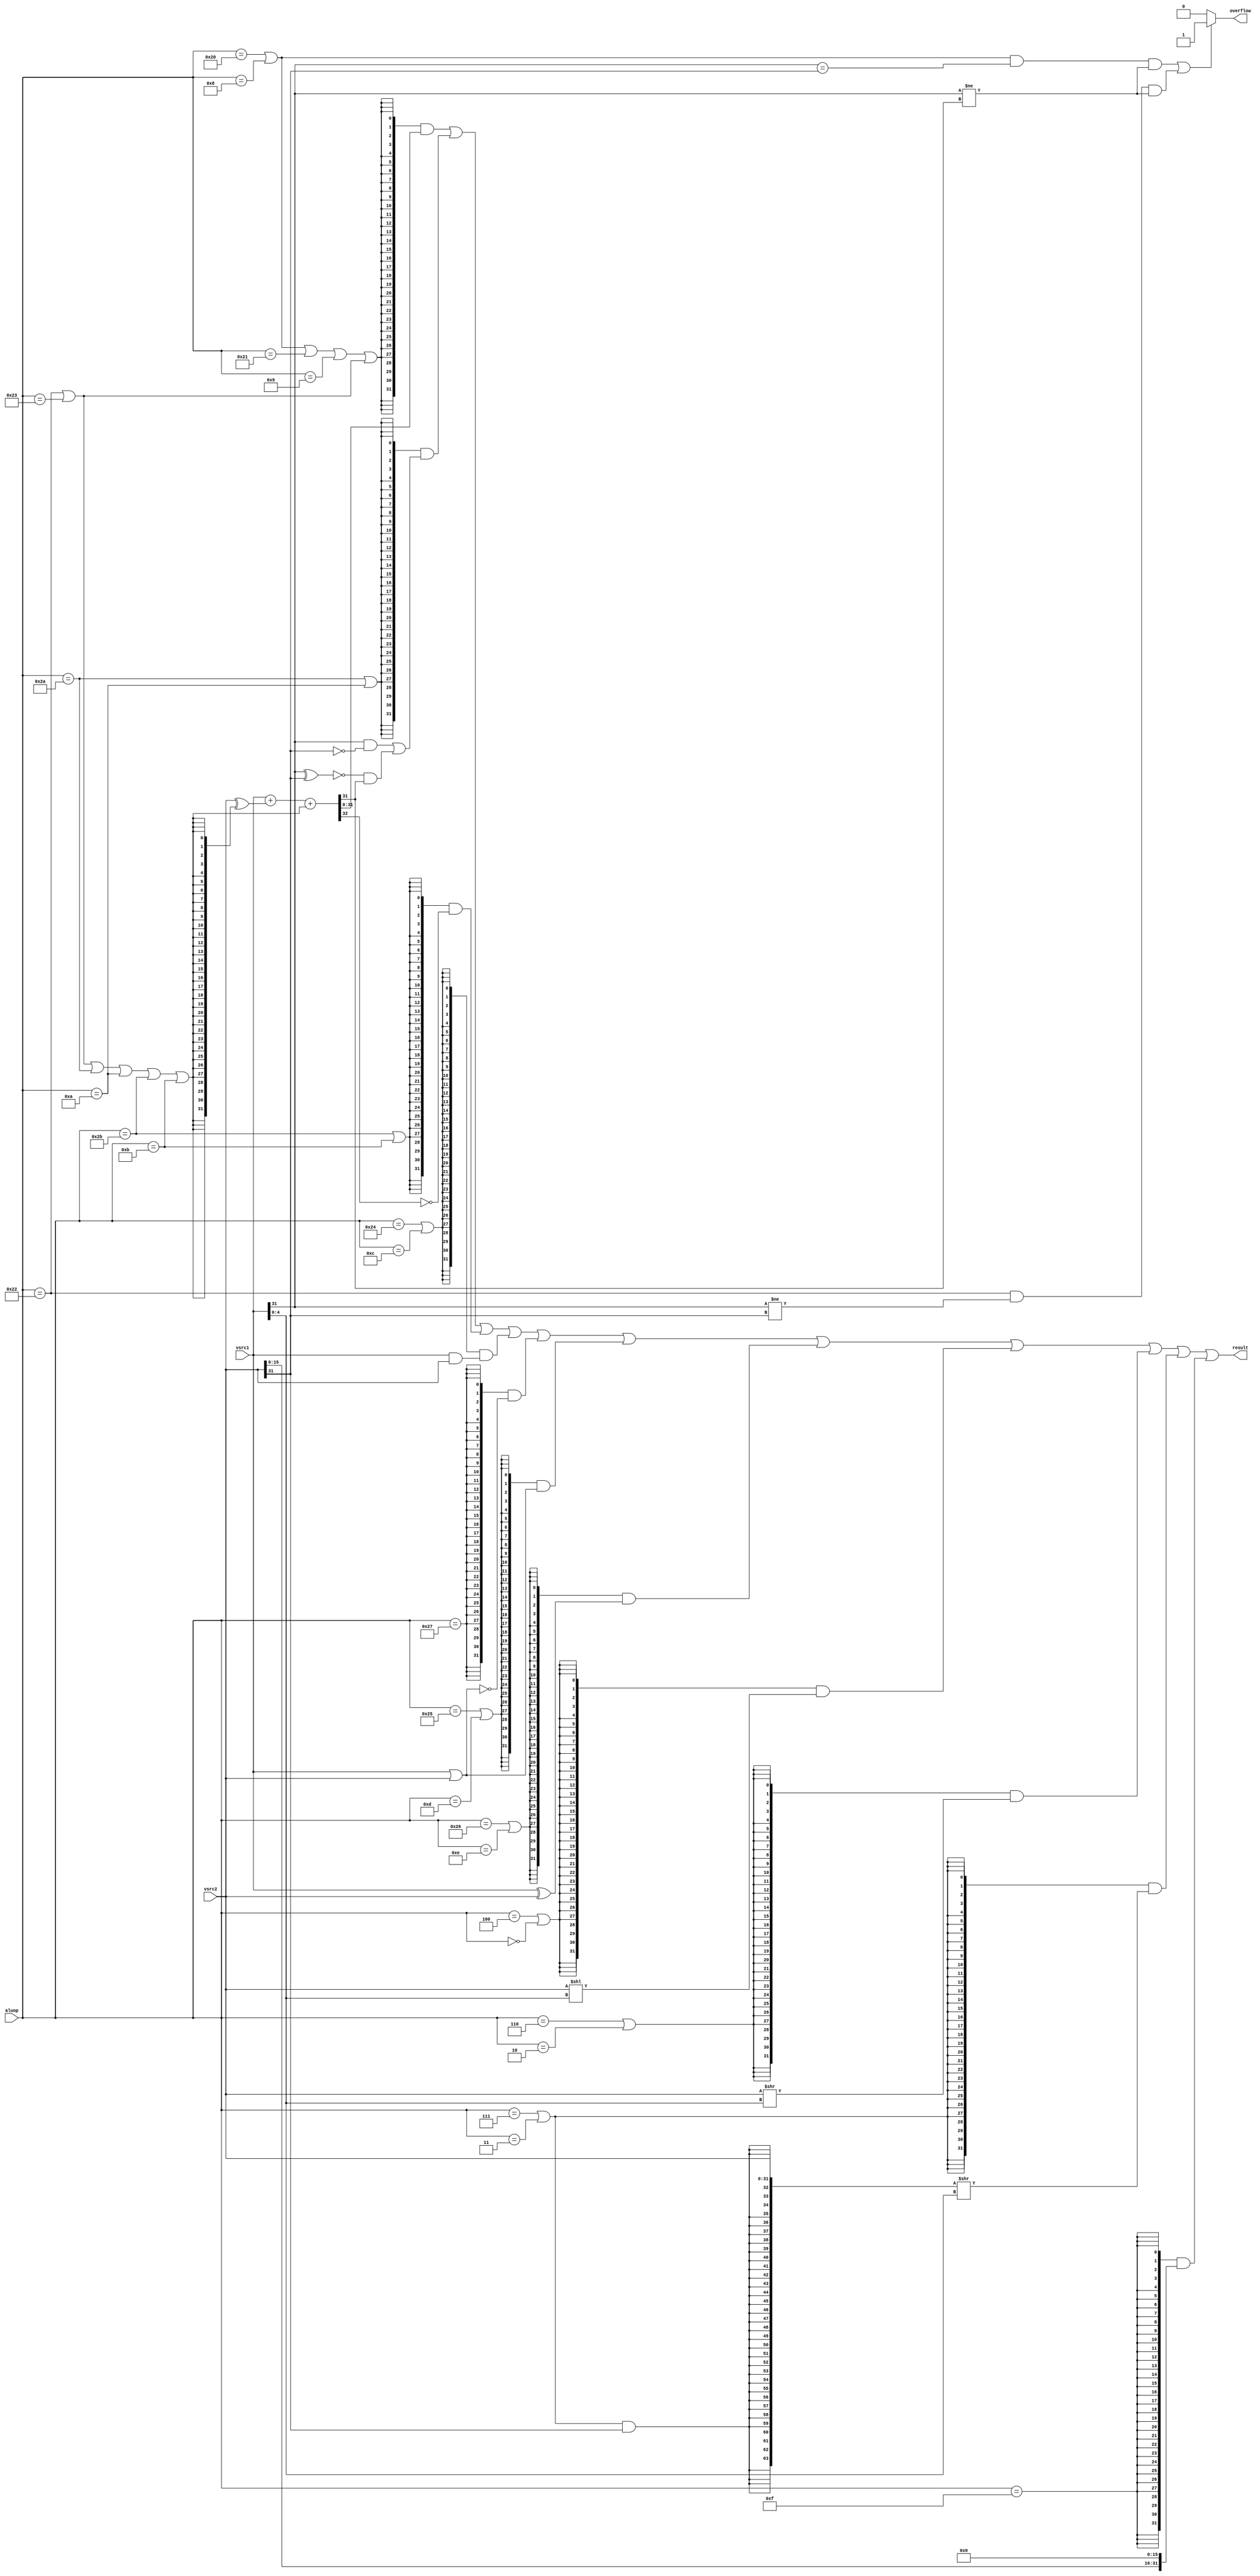
module alu(
  input  wire [5:0]  aluop,
  input  wire [31:0] vsrc1,
  input  wire [31:0] vsrc2,
  output wire [31:0] result,
  output wire        overflow
);

wire alu_add;
wire alu_sub;
wire alu_sub_true;
wire alu_slt;
wire alu_sltu;



wire alu_and;
wire alu_lui;
wire alu_nor;
wire alu_or;
wire alu_xor;
wire alu_sll;
wire alu_sra;
wire alu_srl;

wire [31:0] add_sub_result;
wire [31:0] slt_result;
wire [31:0] sltu_result;
wire [31:0] and_result;
wire [31:0] lui_result;
wire [31:0] nor_result;
wire [31:0] or_result;
wire [31:0] xor_result;
wire [31:0] sll_result;
wire [31:0] sra_result;
wire [31:0] srl_result;
wire [63:0] sra64_result;
wire [63:0] srl64_result;

assign overflow = ((aluop == 6'b100000 || aluop == 6'b001000) && vsrc1[31] == vsrc2[31] && vsrc1[31] != add_sub_result[31] ||
                   aluop == 6'b100010 && vsrc1[31] != vsrc2[31] && vsrc1[31] != add_sub_result[31]) ? 1'b1 : 1'b0;
assign alu_add  = (aluop == 6'b100000 || aluop == 6'b001000 ||
                   aluop == 6'b100001 || aluop == 6'b001001);
assign alu_sub_true  = (aluop == 6'b100010 || aluop == 6'b100011);
assign alu_sub  = (aluop == 6'b100010 || aluop == 6'b100011 || aluop == 6'b101010 || aluop == 6'b001010 || aluop == 6'b101011 || aluop == 6'b001011);
assign alu_slt  = (aluop == 6'b101010 || aluop == 6'b001010);
assign alu_sltu = (aluop == 6'b101011 || aluop == 6'b001011);



assign alu_and  =(aluop == 6'b100100 || aluop == 6'b001100);
assign alu_lui  = aluop == 6'b001111;
assign alu_nor  = aluop == 6'b100111;
assign alu_or   =(aluop == 6'b100101 || aluop == 6'b001101);
assign alu_xor  =(aluop == 6'b100110 || aluop == 6'b001110);
assign alu_sll  =(aluop == 6'b000100 || aluop == 6'b000000);
assign alu_sra  =(aluop == 6'b000111 || aluop == 6'b000011);
assign alu_srl  =(aluop == 6'b000110 || aluop == 6'b000010);




assign and_result = vsrc1 & vsrc2;
assign or_result  = vsrc1 | vsrc2;
assign nor_result = ~or_result;
assign xor_result = vsrc1 ^ vsrc2;
assign lui_result = {vsrc2[15:0],16'd0};


wire [31:0] adder_a;
wire [31:0] adder_b;
wire        adder_cin;
wire [31:0] adder_result;
wire        adder_cout;

assign adder_a = vsrc1;
assign adder_b = vsrc2 ^ {32{alu_sub}};
assign adder_cin = alu_sub;
assign {adder_cout,adder_result} = adder_a + adder_b + adder_cin;
assign add_sub_result = adder_result;

assign slt_result[31:1] = 31'd0;
assign slt_result[0] = (vsrc1[31] & ~vsrc2[31]) |
                       (~(vsrc1[31]^vsrc2[31]) & adder_result[31]);

assign sltu_result[31:1] = 31'd0;
assign sltu_result[0] = ~adder_cout;

assign sll_result  = vsrc2 << vsrc1[4:0];
assign sra64_result = {{32{alu_sra & vsrc2[31]}},vsrc2[31:0]} >> vsrc1[4:0];
assign sra_result   = sra64_result[31:0];
assign srl64_result = {{32{1'b0}},vsrc2[31:0]} >> vsrc1[4:0];
assign srl_result   = srl64_result[31:0];



assign result = ({32{alu_add|alu_sub_true}} & add_sub_result) |
                ({32{alu_slt        }} & slt_result) |
				({32{alu_sltu       }} & sltu_result) |
				({32{alu_and        }} & and_result) |
				({32{alu_nor        }} & nor_result) |
				({32{alu_or         }} & or_result) |
				({32{alu_xor        }} & xor_result) |
				({32{alu_sll        }} & sll_result) |
				({32{alu_srl        }} & srl_result) |
				({32{alu_sra        }} & sra_result) |
				({32{alu_lui        }} & lui_result);

endmodule